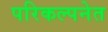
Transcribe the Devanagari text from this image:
परिकल्पनेत